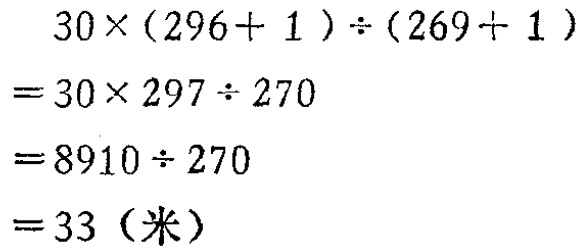
\[

\begin{align*}

&30\times(296 + 1)\div(269 + 1)\\

=&30\times297\div270\\

=&8910\div270\\

=&33(\text{米})

\end{align*}

\]